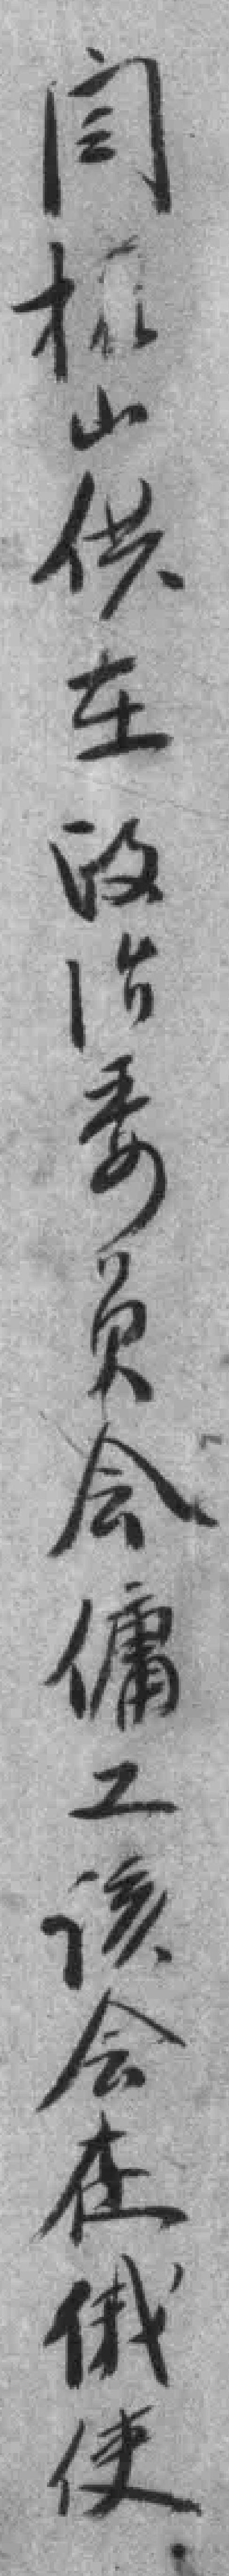
闫*山供在政治委员会傭工该会在俄使